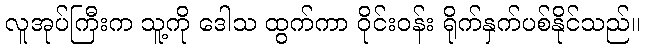
လူအုပ်ကြီးက သူ့ကို ဒေါသ ထွက်ကာ ဝိုင်းဝန်း ရိုက်နှက်ပစ်နိုင်သည်။